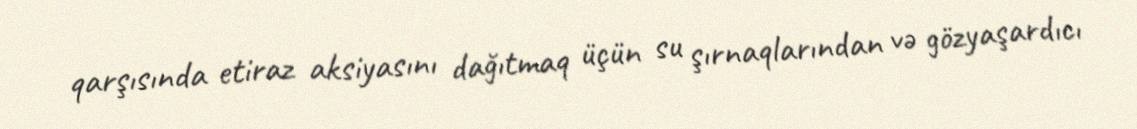
qarşısında etiraz aksiyasını dağıtmaq üçün su şırnaqlarından və gözyaşardıcı